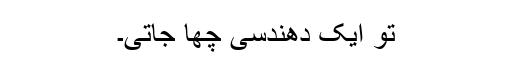
تو ایک دھندسی چھا جاتی۔